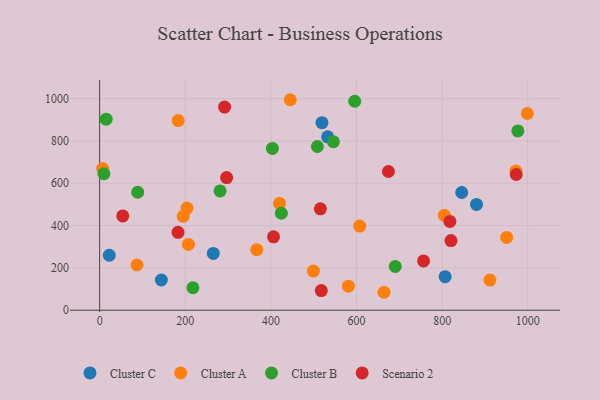
{"axis": {"x": "Price", "y": "Demand"}, "legend": ["Cluster A", "Cluster B", "Cluster C", "Scenario 2"], "data": [{"x": "265.5", "y": 268.6, "type": "Cluster C"}, {"x": "880.3", "y": 500.0, "type": "Cluster C"}, {"x": "22.5", "y": 259.9, "type": "Cluster C"}, {"x": "807.0", "y": 158.6, "type": "Cluster C"}, {"x": "144.2", "y": 142.8, "type": "Cluster C"}, {"x": "532.6", "y": 819.5, "type": "Cluster C"}, {"x": "845.7", "y": 556.5, "type": "Cluster C"}, {"x": "519.3", "y": 886.7, "type": "Cluster C"}, {"x": "366.9", "y": 286.4, "type": "Cluster A"}, {"x": "499.3", "y": 185.2, "type": "Cluster A"}, {"x": "7.0", "y": 669.9, "type": "Cluster A"}, {"x": "664.2", "y": 84.8, "type": "Cluster A"}, {"x": "607.4", "y": 397.9, "type": "Cluster A"}, {"x": "204.1", "y": 482.8, "type": "Cluster A"}, {"x": "420.0", "y": 505.5, "type": "Cluster A"}, {"x": "805.1", "y": 448.5, "type": "Cluster A"}, {"x": "911.6", "y": 142.3, "type": "Cluster A"}, {"x": "445.3", "y": 995.0, "type": "Cluster A"}, {"x": "207.4", "y": 310.9, "type": "Cluster A"}, {"x": "950.7", "y": 344.0, "type": "Cluster A"}, {"x": "999.1", "y": 929.9, "type": "Cluster A"}, {"x": "183.5", "y": 896.5, "type": "Cluster A"}, {"x": "972.2", "y": 657.8, "type": "Cluster A"}, {"x": "581.0", "y": 113.6, "type": "Cluster A"}, {"x": "87.1", "y": 213.7, "type": "Cluster A"}, {"x": "195.3", "y": 443.9, "type": "Cluster A"}, {"x": "690.5", "y": 207.1, "type": "Cluster B"}, {"x": "15.3", "y": 903.2, "type": "Cluster B"}, {"x": "403.6", "y": 764.9, "type": "Cluster B"}, {"x": "424.4", "y": 458.4, "type": "Cluster B"}, {"x": "546.0", "y": 796.3, "type": "Cluster B"}, {"x": "88.9", "y": 557.7, "type": "Cluster B"}, {"x": "10.1", "y": 645.0, "type": "Cluster B"}, {"x": "508.6", "y": 774.0, "type": "Cluster B"}, {"x": "976.8", "y": 847.7, "type": "Cluster B"}, {"x": "281.4", "y": 564.0, "type": "Cluster B"}, {"x": "217.9", "y": 106.2, "type": "Cluster B"}, {"x": "595.8", "y": 987.9, "type": "Cluster B"}, {"x": "756.6", "y": 233.1, "type": "Scenario 2"}, {"x": "54.0", "y": 445.9, "type": "Scenario 2"}, {"x": "183.1", "y": 368.0, "type": "Scenario 2"}, {"x": "296.6", "y": 627.1, "type": "Scenario 2"}, {"x": "973.1", "y": 641.5, "type": "Scenario 2"}, {"x": "818.1", "y": 419.9, "type": "Scenario 2"}, {"x": "820.6", "y": 329.2, "type": "Scenario 2"}, {"x": "674.5", "y": 655.6, "type": "Scenario 2"}, {"x": "291.8", "y": 960.4, "type": "Scenario 2"}, {"x": "515.5", "y": 479.2, "type": "Scenario 2"}, {"x": "406.2", "y": 346.7, "type": "Scenario 2"}, {"x": "517.7", "y": 92.8, "type": "Scenario 2"}]}